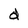
Character: d